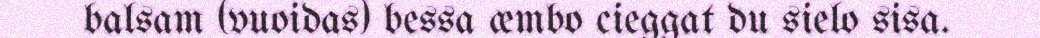
balsam (vuoidas) bessa æmbo cieggat du sielo sisa.